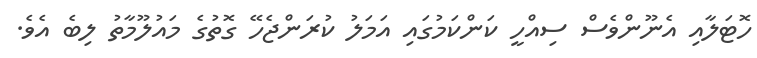
ހޮޓަލާއި އެނޫންވެސް ސިއްހީ ކަންކަމުގައި އަމަލު ކުރަންޖެހޭ ގޮތުގެ މައުލޫމާތު ލިބެ އެވެ.